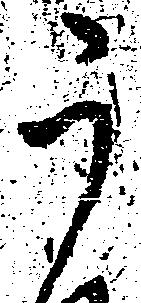
う